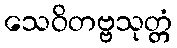
သေဝိတဗ္ဗသုတ္တံ